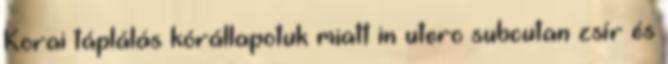
Korai táplálás kórállapotuk miatt in utero subcutan zsír és